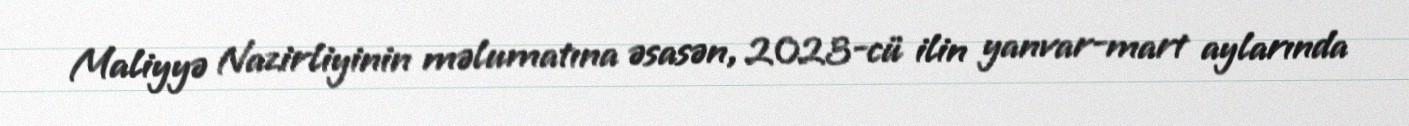
Maliyyə Nazirliyinin məlumatına əsasən, 2023-cü ilin yanvar-mart aylarında